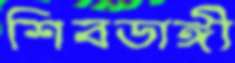
শিবডাঙ্গী